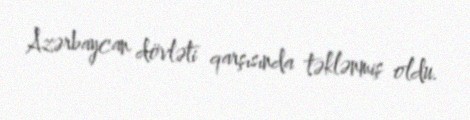
Azərbaycan dövləti qarşısında təklənmiş oldu.